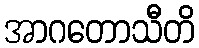
အာဂတောသီတိ